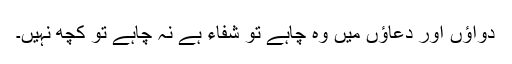
دواؤں اور دعاؤں میں وہ چاہے تو شفاء ہے نہ چاہے تو کچھ نہیں۔